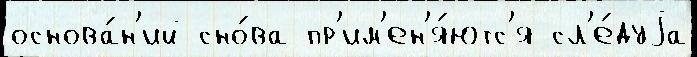
основа́н'ий сно́ва пр'им'ен'я́ютс'я сл'е́дуjа